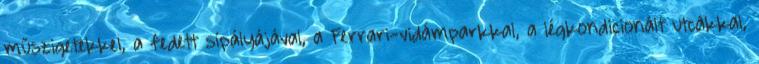
műszigetekkel, a fedett sípályájával, a Ferrari-vidámparkkal, a légkondicionált utcákkal,